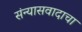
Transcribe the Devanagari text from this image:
संन्यासवादाचा